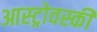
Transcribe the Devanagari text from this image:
आस्ट्रोवस्की